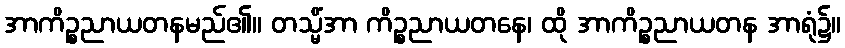
အာကိဉ္စညာယတနမည်၏။ တသ္မိံအာ ကိဉ္စညာယတနေ၊ ထို အာကိဉ္စညာယတန အာရုံ၌။